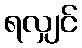
ရလျှင်